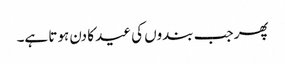
پھر جب بندوں کی عید کا دن ہوتا ہے۔